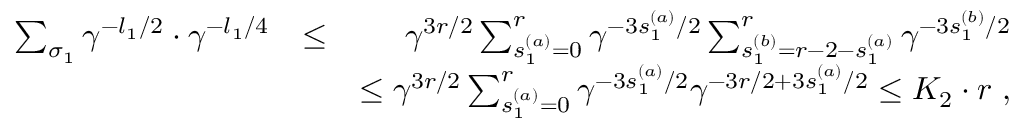
\begin{array} { r l r } { \sum _ { { \sigma } _ { 1 } } \gamma ^ { - l _ { 1 } / 2 } \cdot \gamma ^ { - l _ { 1 } / 4 } } & { \le } & { \gamma ^ { 3 r / 2 } \sum _ { s _ { 1 } ^ { ( a ) } = 0 } ^ { r } \gamma ^ { - 3 s _ { 1 } ^ { ( a ) } / 2 } \sum _ { s _ { 1 } ^ { ( b ) } = r - 2 - s _ { 1 } ^ { ( a ) } } ^ { r } \gamma ^ { - 3 s _ { 1 } ^ { ( b ) } / 2 } } \\ & { } & { \le \gamma ^ { 3 r / 2 } \sum _ { s _ { 1 } ^ { ( a ) } = 0 } ^ { r } \gamma ^ { - 3 s _ { 1 } ^ { ( a ) } / 2 } \gamma ^ { - 3 r / 2 + 3 s _ { 1 } ^ { ( a ) } / 2 } \le K _ { 2 } \cdot r \ , } \end{array}